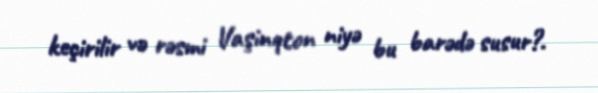
keçirilir və rəsmi Vaşinqton niyə bu barədə susur?.